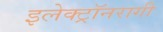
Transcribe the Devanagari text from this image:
इलेक्ट्रॉनरागी